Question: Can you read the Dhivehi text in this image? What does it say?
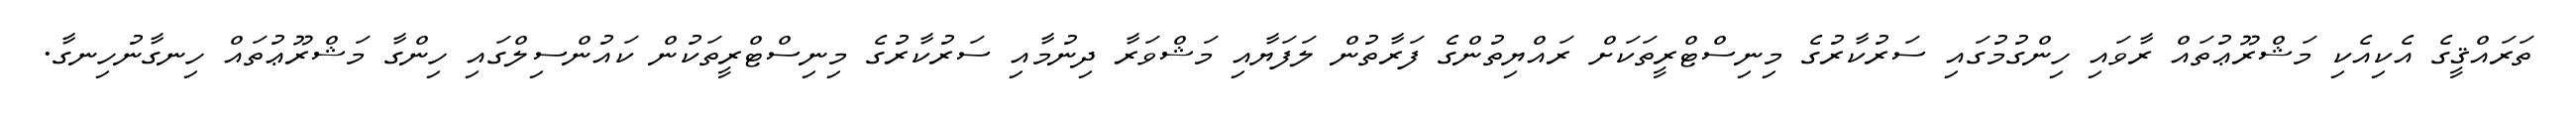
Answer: ތަރައްޤީގެ އެކިއެކި މަޝްރޫޢުތައް ރާވައި ހިންގުމުގައި ސަރުކާރުގެ މިނިސްޓްރީތަކަށް ރައްޔިތުންގެ ފަރާތުން ލަފަޔާއި މަޝްވަރާ ދިނުމާއި ސަރުކާރުގެ މިނިސްޓްރީތަކުން ކައުންސިލްގައި ހިންގާ މަޝްރޫޢުތައް ހިނގާނުހިނގާ.